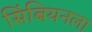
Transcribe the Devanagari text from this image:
सिंबियनला